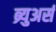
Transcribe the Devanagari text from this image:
ब्र्युअर्स